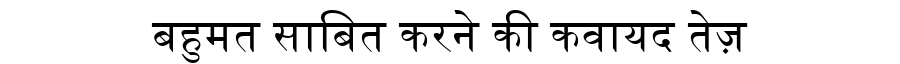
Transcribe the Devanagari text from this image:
बहुमत साबित करने की कवायद तेज़